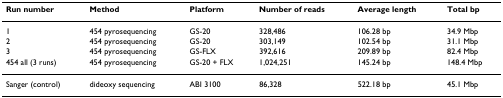
| Run number | Method | Platform | Number of reads | Average length | Total bp |
 | --- | --- | --- | --- | --- | --- |
 | 1 | 454 pyrosequencing | GS-20 | 328,486 | 106.28 bp | 34.9 Mbp |
 | 2 | 454 pyrosequencing | GS-20 | 303,149 | 102.54 bp | 31.1 Mbp |
 | 3 | 454 pyrosequencing | GS-FLX | 392,616 | 209.89 bp | 82.4 Mbp |
 | 454 all (3 runs) | 454 pyrosequencing | GS-20 + FLX | 1,024,251 | 145.24 bp | 148.4 Mbp |
 | Sanger (control) | dideoxy sequencing | ABI 3100 | 86,328 | 522.18 bp | 45.1 Mbp |